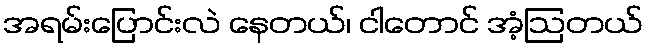
အရမ်းပြောင်းလဲ နေတယ်၊ ငါတောင် အံ့ဩတယ်